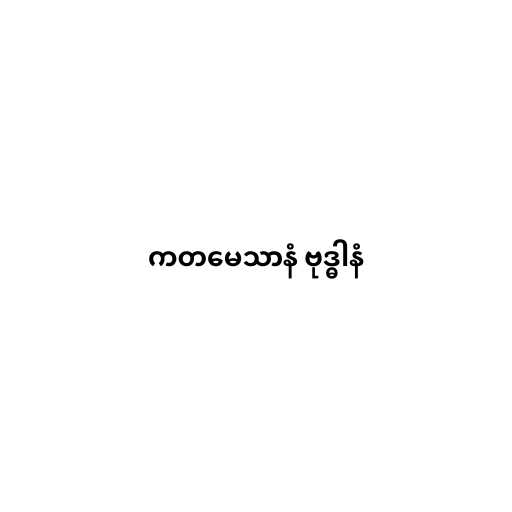
ကတမေသာနံ ဗုဒ္ဓါနံ